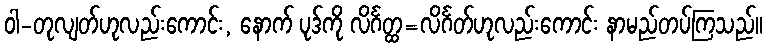
ဝါ-တုလျတ်ဟုလည်းကောင်း, နောက် ပုဒ်ကို လိင်္ဂတ္ထ=လိင်္ဂတ်ဟုလည်းကောင်း နာမည်တပ်ကြသည်။